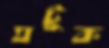
ঘটুক